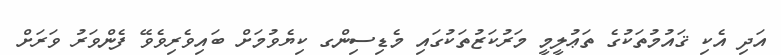
އަދި އެކި ޤައުމުތަކުގެ ތަޢުލީމީ މަރުކަޒުތަކުގައި މެޑިސިންގ ކިޔެވުމަށް ބައިވެރިވެވޭ ފެންވަރު ވަރަށް